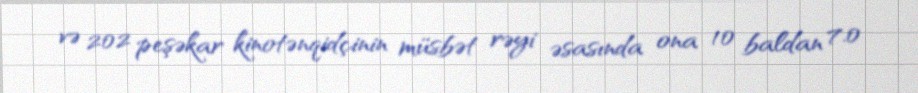
və 202 peşəkar kinotənqidçinin müsbət rəyi əsasında ona 10 baldan 7.0